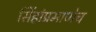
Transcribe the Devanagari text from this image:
सिंहांप्रमाणेच